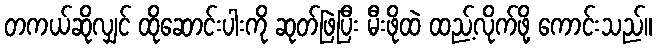
တကယ်ဆိုလျှင် ထိုဆောင်းပါးကို ဆုတ်ဖြဲပြီး မီးဖိုထဲ ထည့်လိုက်ဖို့ ကောင်းသည်။